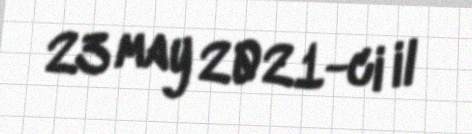
23 may 2021-ci il